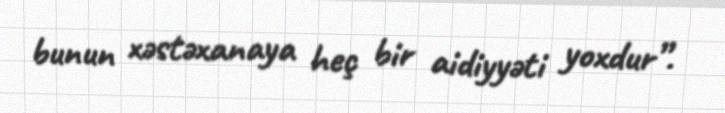
bunun xəstəxanaya heç bir aidiyyəti yoxdur”.